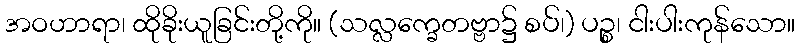
အဝဟာရာ၊ ထိုခိုးယူခြင်းတို့ကို။ (သလ္လက္ခေတဗ္ဗာ၌ စပ်၊) ပဉ္စ၊ ငါးပါးကုန်သော။